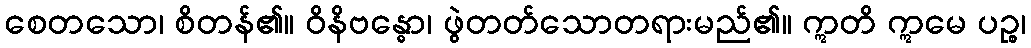
စေတသော၊ စိတန်၏။ ဝိနိဗန္ဓော၊ ဖွဲတတ်သောတရားမည်၏။ ဣတိ ဣမေ ပဉ္စ၊